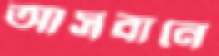
আসবানে